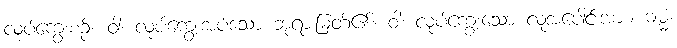
လုပ်ကျွေးစဉ်။ ဝါ၊ လုပ်ကျွေးအပ်သော ဘုရားမြတ်၏။ ဝါ၊ လုပ်ကျွေးသော လူအပေါင်းအား။ ဓမ္မံ၊